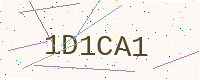
Text: 1D1CA1